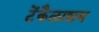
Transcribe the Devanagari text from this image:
टेंकैलाशम